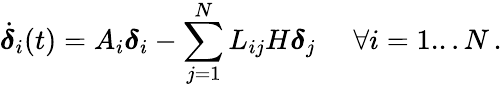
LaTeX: \dot{{\boldsymbol{\delta}}}_{i}(t)=A_{i}{\boldsymbol{\delta}}_{i}-\sum_{j=1}^{N}L_{ij}H{\boldsymbol{\delta}}_{j}\quad\, \, \forall i=1...N\, .